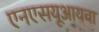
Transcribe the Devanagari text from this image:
एनएसयूआयचा